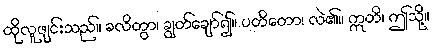
ထိုလူဖျင်းသည်။ ခလိတွာ၊ ချွတ်ချော်၍။ ပတိတော၊ လဲ၏။ ဣတိ၊ ဤသို့။